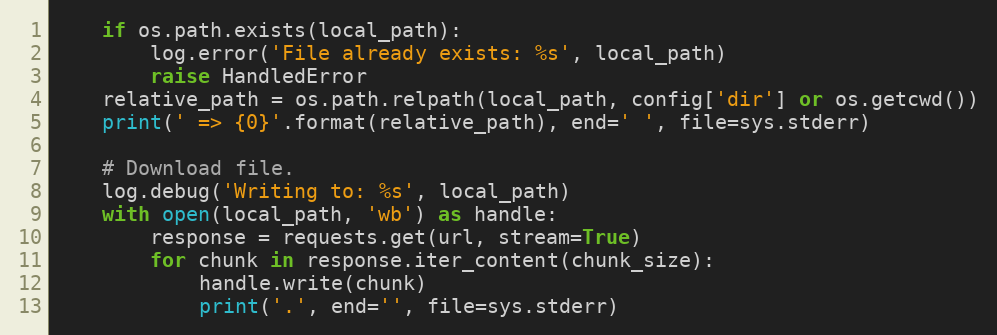
Language: Python
    if os.path.exists(local_path):
        log.error('File already exists: %s', local_path)
        raise HandledError
    relative_path = os.path.relpath(local_path, config['dir'] or os.getcwd())
    print(' => {0}'.format(relative_path), end=' ', file=sys.stderr)

    # Download file.
    log.debug('Writing to: %s', local_path)
    with open(local_path, 'wb') as handle:
        response = requests.get(url, stream=True)
        for chunk in response.iter_content(chunk_size):
            handle.write(chunk)
            print('.', end='', file=sys.stderr)